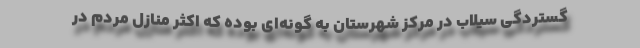
گستردگی سیلاب در مرکز شهرستان به گونه‌ای بوده که اکثر منازل مردم در